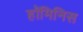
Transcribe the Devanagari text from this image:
हॉमिनिस